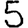
Digit: 5